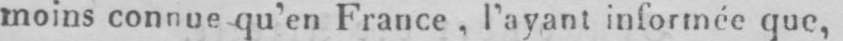
moins connue qu’en France, l’ayant informée que,